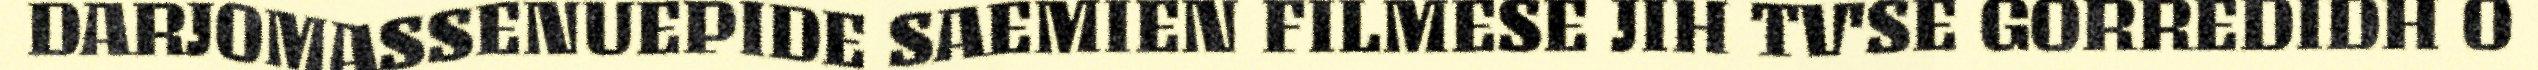
DARJOMASSENUEPIDE SAEMIEN FILMESE JIH TV'SE GORREDIDH O